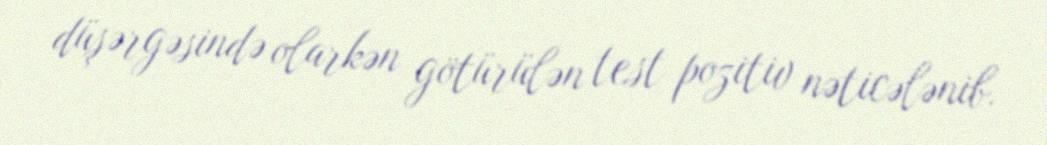
düşərgəsində olarkən götürülən test pozitiv nəticələnib.